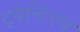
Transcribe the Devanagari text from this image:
ट्वेन्टिएथ